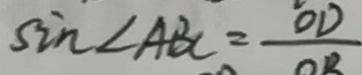
\sin \angle A B C = \frac { O D } { O B }